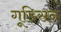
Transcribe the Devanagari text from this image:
गूडिसन